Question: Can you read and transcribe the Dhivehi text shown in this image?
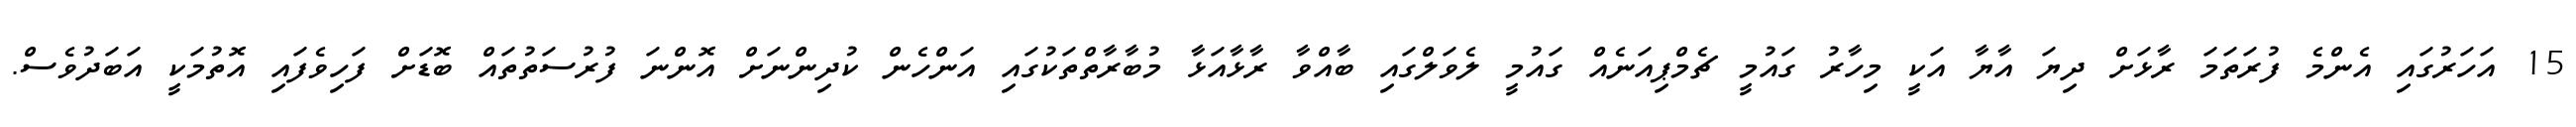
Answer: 15 އަހަރުގައި އެންމެ ފުރަތަމަ ރާޅަށް ދިޔަ އާޔާ އަކީ މިހާރު ގައުމީ ޗެމްޕިއަނެއް ގައުމީ ލެވަލްގައި ބާއްވާ ރާޅާއަޅާ މުބާރާތްތަކުގައި އަންހެން ކުދިންނަށް އޮންނަ ފުރުސަތުތައް ބޮޑަށް ފަހިވެފައި އޮތުމަކީ އަބަދުވެސް.